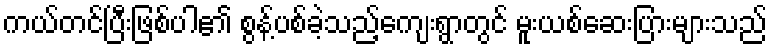
ကယ်တင်ပြီးဖြစ်ပါ၏ စွန့်ပစ်ခဲ့သည့်ကျေးရွာတွင် မူးယစ်ဆေးပြားများသည်